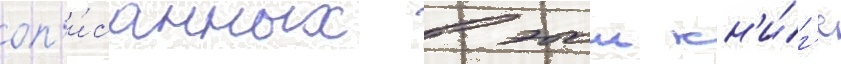
оп'и́санных в этои кн'и́г'е